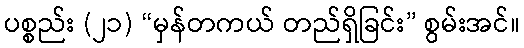
ပစ္စည်း (၂၁) “မှန်တကယ် တည်ရှိခြင်း” စွမ်းအင်။